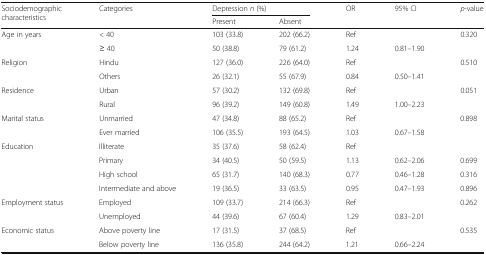
<table><thead><tr><td rowspan="2"><b>Sociodemographic characteristics</b></td><td rowspan="2"><b>Categories</b></td><td colspan="2"><b>Depression <i>n</i> (%)</b></td><td rowspan="2"><b>OR</b></td><td rowspan="2"><b>95% CI</b></td><td rowspan="2"><b><i>p</i>-value</b></td></tr><tr><td><b>Present</b></td><td><b>Absent</b></td></tr></thead><tbody><tr><td rowspan="2">Age in years</td><td>&lt; 40</td><td>103 (33.8)</td><td>202 (66.2)</td><td>Ref</td><td></td><td rowspan="2">0.320</td></tr><tr><td>≥ 40</td><td>50 (38.8)</td><td>79 (61.2)</td><td>1.24</td><td>0.81–1.90</td></tr><tr><td rowspan="2">Religion</td><td>Hindu</td><td>127 (36.0)</td><td>226 (64.0)</td><td>Ref</td><td></td><td rowspan="2">0.510</td></tr><tr><td>Others</td><td>26 (32.1)</td><td>55 (67.9)</td><td>0.84</td><td>0.50–1.41</td></tr><tr><td rowspan="2">Residence</td><td>Urban</td><td>57 (30.2)</td><td>132 (69.8)</td><td>Ref</td><td></td><td rowspan="2">0.051</td></tr><tr><td>Rural</td><td>96 (39.2)</td><td>149 (60.8)</td><td>1.49</td><td>1.00–2.23</td></tr><tr><td rowspan="2">Marital status</td><td>Unmarried</td><td>47 (34.8)</td><td>88 (65.2)</td><td>Ref</td><td></td><td rowspan="2">0.898</td></tr><tr><td>Ever married</td><td>106 (35.5)</td><td>193 (64.5)</td><td>1.03</td><td>0.67–1.58</td></tr><tr><td rowspan="4">Education</td><td>Illiterate</td><td>35 (37.6)</td><td>58 (62.4)</td><td>Ref</td><td></td><td></td></tr><tr><td>Primary</td><td>34 (40.5)</td><td>50 (59.5)</td><td>1.13</td><td>0.62–2.06</td><td>0.699</td></tr><tr><td>High school</td><td>65 (31.7)</td><td>140 (68.3)</td><td>0.77</td><td>0.46–1.28</td><td>0.316</td></tr><tr><td>Intermediate and above</td><td>19 (36.5)</td><td>33 (63.5)</td><td>0.95</td><td>0.47–1.93</td><td>0.896</td></tr><tr><td rowspan="2">Employment status</td><td>Employed</td><td>109 (33.7)</td><td>214 (66.3)</td><td>Ref</td><td></td><td rowspan="2">0.262</td></tr><tr><td>Unemployed</td><td>44 (39.6)</td><td>67 (60.4)</td><td>1.29</td><td>0.83–2.01</td></tr><tr><td rowspan="2">Economic status</td><td>Above poverty line</td><td>17 (31.5)</td><td>37 (68.5)</td><td>Ref</td><td></td><td rowspan="2">0.535</td></tr><tr><td>Below poverty line</td><td>136 (35.8)</td><td>244 (64.2)</td><td>1.21</td><td>0.66–2.24</td></tr></tbody></table>